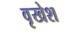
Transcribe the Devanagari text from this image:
वृखेश